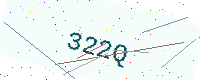
Text: 322Q